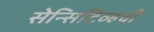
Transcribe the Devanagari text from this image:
सेन्सिटिव्हची